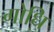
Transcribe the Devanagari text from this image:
गोधि